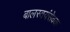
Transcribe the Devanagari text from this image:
बालस्वयंसेवक